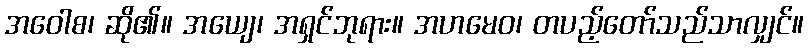
အဝေါစ၊ ဆို၏။ အယျေ၊ အရှင်ဘုရား။ အဟမေဝ၊ တပည့်တော်သည်သာလျှင်။